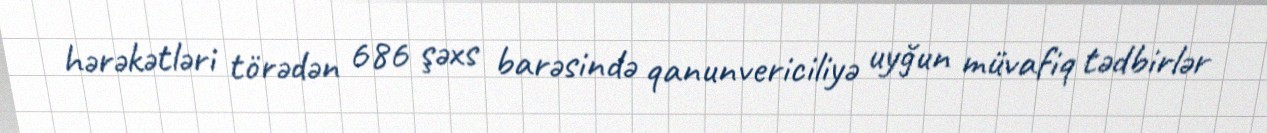
hərəkətləri törədən 686 şəxs barəsində qanunvericiliyə uyğun müvafiq tədbirlər